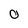
Character: O